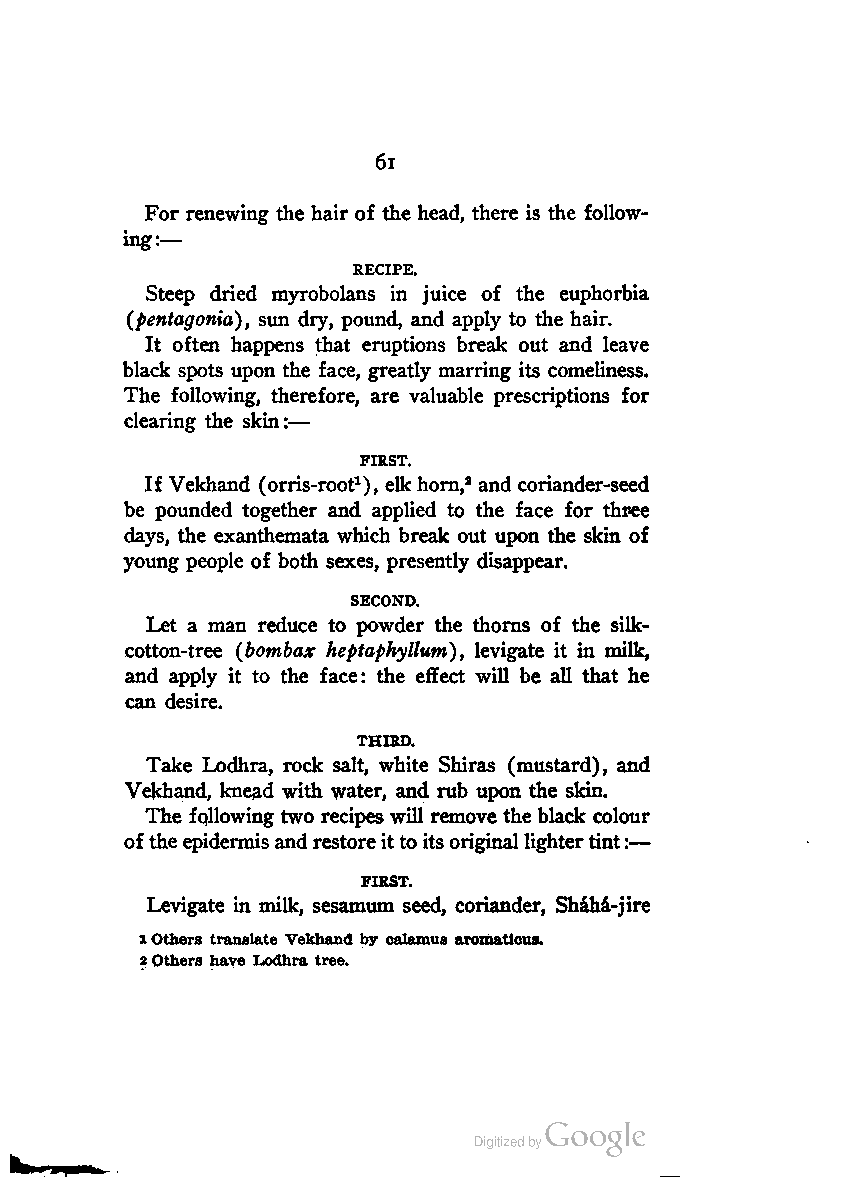
6i
 For renewing the hair of the head, there is the follow
 ing:—
 RECIPE.
 Steep dried myrobolans in juice of the euphorbia
 (pentagonia), sun dry, pound, and apply to the hair.
 It often happens that eruptions break out and leave
 black spots upon the face, greatly marring its comeliness.
 The following, therefore, are valuable prescriptions for
 clearing the skin:—
 FIRST.
 If Vekhand (orris-root1), elk horn,2 and coriander-seed
 be pounded together and applied to the face for three
 days, the exanthemata which break out upon the skin of
 young people of both sexes, presently disappear.
 SECOND.
 Let a man reduce to powder the thorns of the silk-
 cotton-tree (bombax heptaphyllum), levigate it in milk,
 and apply it to the face: the effect will be all that he
 can desire.
 THIRD.
 Take Lodhra, rock salt, white Shiras (mustard), and
 Vekhand, knead with water, and rub upon the skin.
 The following two recipeswill remove the black colour
 of the epidermis and restoreitto itsoriginal lightertint:—
 FIRST.
 Levigate in milk, sesamum seed, coriander, Shaha-jire
 1Others translate Vekhand by calamus aromatlcus.
 2Others have Lodhra tree.